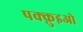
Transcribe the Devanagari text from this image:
पक्क़ुइओ